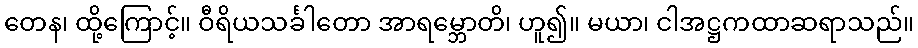
တေန၊ ထို့ကြောင့်။ ဝီရိယသင်္ခါတော အာရမ္ဘောတိ၊ ဟူ၍။ မယာ၊ ငါအဋ္ဌကထာဆရာသည်။